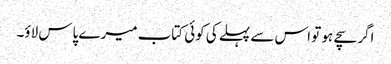
اگر سچے ہو تو اس سے پہلے کی کوئی کتاب میرے پاس لاؤ۔